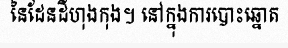
នៃដែនដីហុងកុង។ នៅក្នុងការបោះឆ្នោត